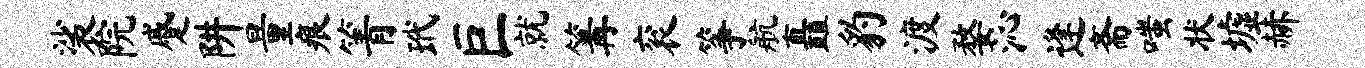
裟院蹙阱量痕箐玳巨就篝衮筝航矗豹渡婺沁逢斋嗤状墟赫